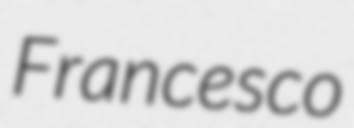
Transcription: Francesco